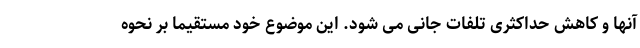
آنها و کاهش حداکثری تلفات جانی می شود. این موضوع خود مستقیما بر نحوه